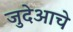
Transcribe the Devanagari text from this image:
जुदेआचे